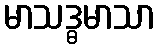
မာသဒ္ဓမာသာ